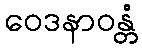
ဝေဒနာဝန္တံ